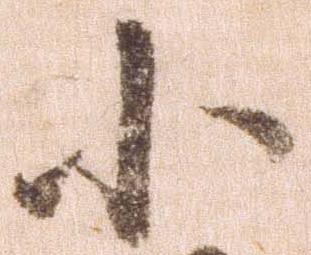
小